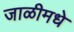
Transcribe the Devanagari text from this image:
जाळीमधे